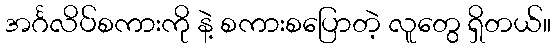
အင်္ဂလိပ်စကားကို နဲ့ စကားစပြောတဲ့ လူတွေ ရှိတယ်။